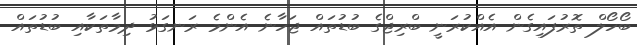
ބޯހޯލް ތޮރުފައިގެން އެއްކުރަނީ ބްރިޖްގެ ބުޑުތައް ޖަހާނެ އެންމެ ރަނގަޅު ދިމާތަކާއި ބުޑުތައް